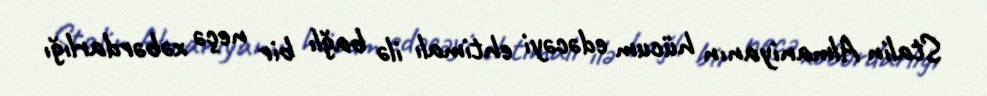
Stalin Almaniyanın hücum edəcəyi ehtimalı ilə bağlı bir neçə xəbərdarlığı